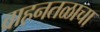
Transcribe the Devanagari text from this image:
वाहनतळाचा